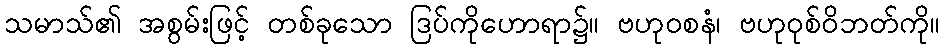
သမာသ်၏ အစွမ်းဖြင့် တစ်ခုသော ဒြပ်ကိုဟောရာ၌။ ဗဟုဝစနံ၊ ဗဟုဝုစ်ဝိဘတ်ကို။